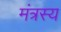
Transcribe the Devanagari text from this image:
मंत्रस्य